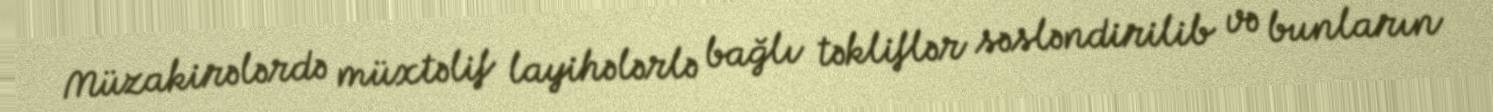
Müzakirələrdə müxtəlif layihələrlə bağlı təkliflər səsləndirilib və bunların